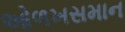
ઓળખસમાન